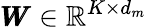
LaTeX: \pmb{W}\in\mathbb{R}^{K\times d_{m}}